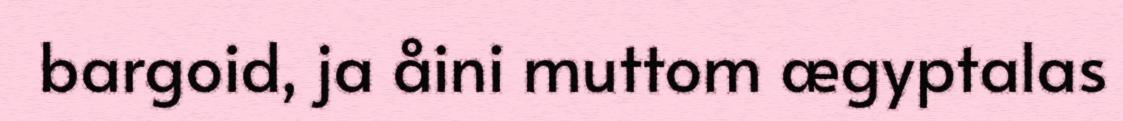
bargoid, ja åini muttom ægyptalas